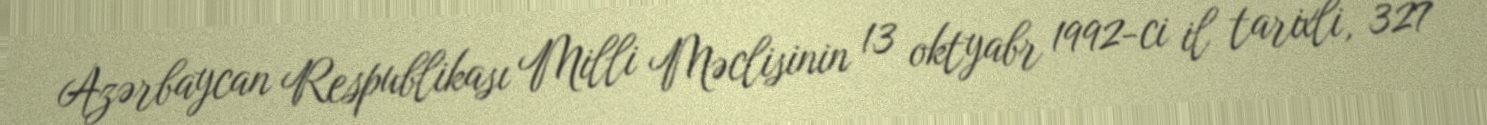
Azərbaycan Respublikası Milli Məclisinin 13 oktyabr 1992-ci il tarixli, 327